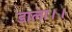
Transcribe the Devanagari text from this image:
डाला।।